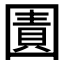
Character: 𭍬